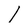
Character: I